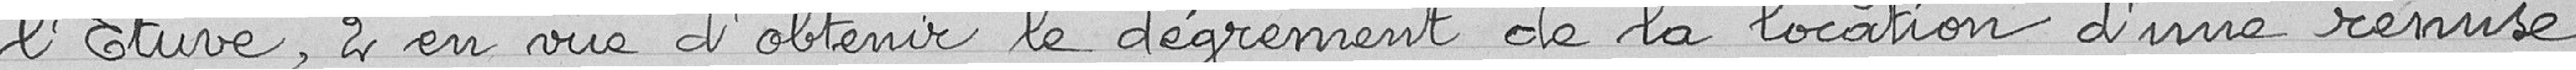
l'Etuve, 2 en vue d'obtenir le dégrèvement de la location d'une remise